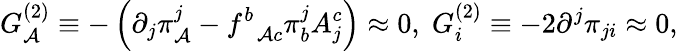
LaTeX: G_{\mathcal{A}}^{(2)}\equiv-\left(\partial_{j}\pi_{\mathcal{A}}^{j}-f_{\; \; \mathcal{A}c}^{b}\pi_{b}^{j}A_{j}^{c}\right)\approx0,\; G_{i}^{(2)}\equiv-2\partial^{j}\pi_{ji}\approx0,